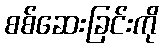
စစ်ဆေးခြင်းကို